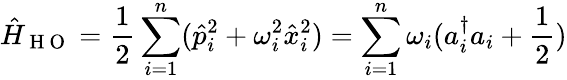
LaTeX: \hat{H}_{\mathrm{~H~O~}}=\frac{1}{2}\sum_{i=1}^{n}(\hat{p}_{i}^{2}+\omega_{i}^{2}\hat{x}_{i}^{2})=\sum_{i=1}^{n}\omega_{i}(a_{i}^{\dagger}a_{i}+\frac{1}{2})